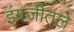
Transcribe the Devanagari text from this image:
इंग्रजीतले